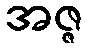
အဇ္ဇ